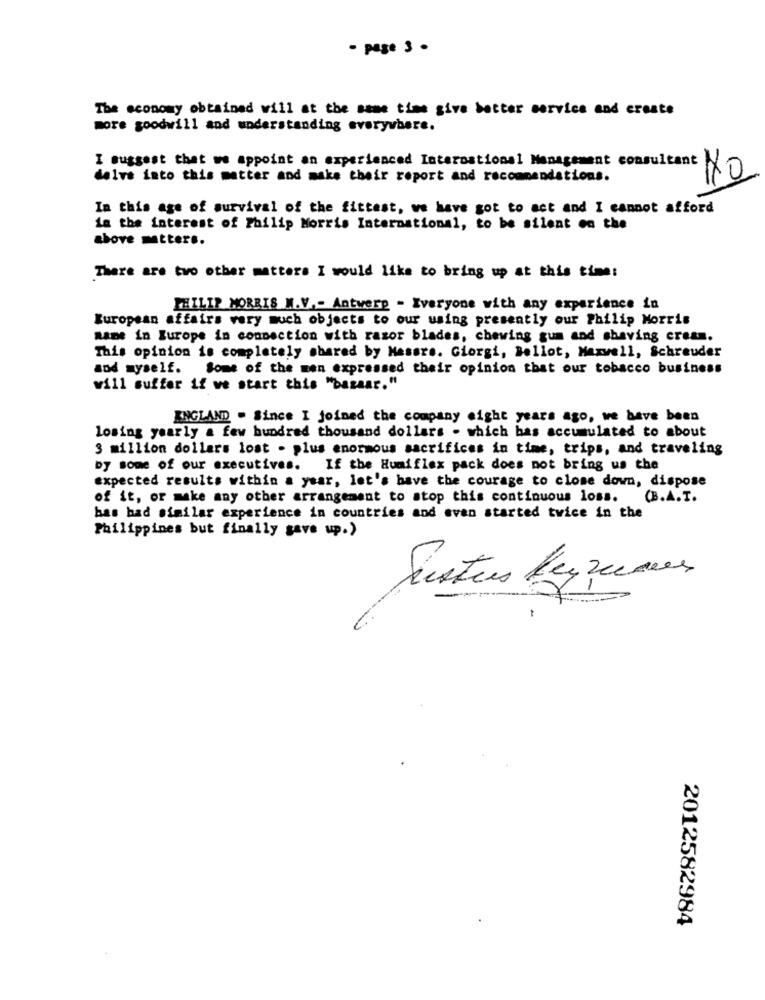
- page 3 .
The economy obtained will at the same time give better service and create
more goodwill and understanding everywhere.
I suggest that we appoint an experienced International Management consultant *
delve into this matter and make their report and recommendations.
In this age of survival of the fittest, we have got to act and I cannot afford
in the interest of Philip Morris International, to be silent on the
above matters.
There are two other matters I would like to bring up at this time:
PHILIP MORRIS M.V .- Antwerp - Everyone with any experience in
European affairs very much objects to our using presently our Philip Morris
mame in Europe in connection with razor blades, chewing gum and shaving cream.
This opinion is completely shared by Mesure. Giorgi, Bellot, Maxwell, Schreuder
and myself. Some of the men expressed their opinion that our tobacco business
will suffer if we start this "bazaar."
ENGLAND . Since I joined the company eight years ago, we have been
losing yearly a few hundred thousand dollars - which bas accumulated to about
3 million dollars lost - plus enormous sacrifices in time, trips, and traveling
Dy some of our executives.
If the Humiflex pack does not bring us the
expected results within a year, let's have the courage to close down, dispose
of it, or make any other arrangement to stop this continuous loss. (B.A.T.
bas bad similar experience in countries and even started twice in the
Philippines but finally gave up.)
-- >
2012582984